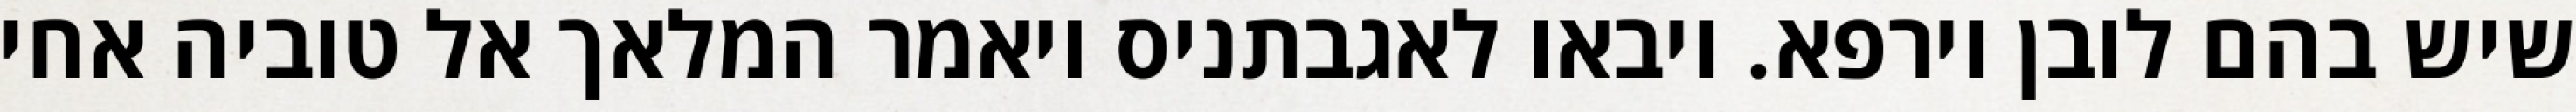
שיש בהם לובן וירפא. ויבאו לאגבתניס ויאמר המלאך אל טוביה אחי